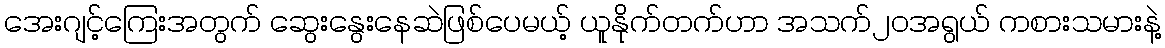
အေးဂျင့်ကြေးအတွက် ဆွေးနွေးနေဆဲဖြစ်ပေမယ့် ယူနိုက်တက်ဟာ အသက်၂၀အရွယ် ကစားသမားနဲ့